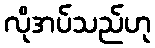
လိုအပ်သည်ဟု